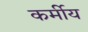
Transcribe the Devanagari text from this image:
कर्मीय